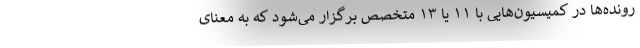
رونده‌ها در کمیسیون‌هایی با ۱۱ یا ۱۳ متخصص برگزار می‌شود که به معنای